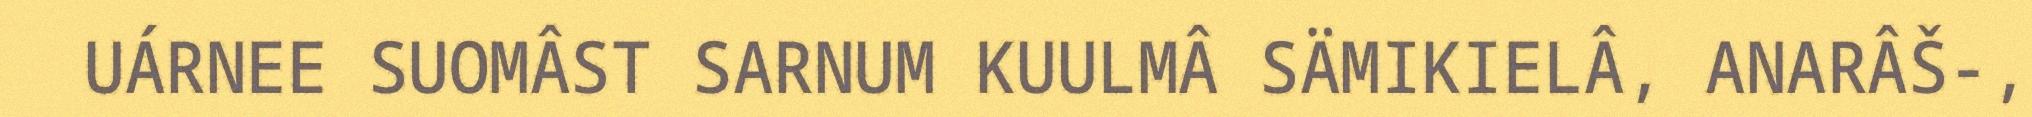
UÁRNEE SUOMÂST SARNUM KUULMÂ SÄMIKIELÂ, ANARÂŠ-,